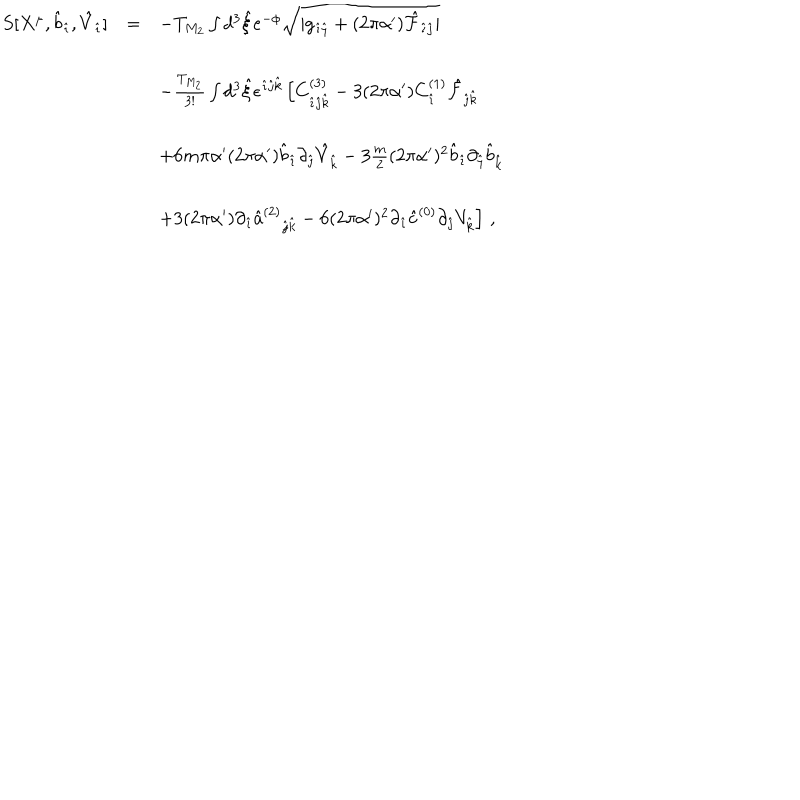
LaTeX: \begin{array} { r c l } { { S [ X ^ { \mu } , { \hat { b } } _ { \hat { \imath } } , { \hat { V } } _ { \hat { \imath } } ] } } & { { = } } & { { - T _ { M _ { 2 } } \int d ^ { 3 } { \hat { \xi } } e ^ { - \phi } \sqrt { | g _ { \hat { \imath } \hat { \jmath } } + ( 2 \pi \alpha ^ { \prime } ) { \hat { \cal F } } _ { \hat { \imath } \hat { \jmath } } | } } } \\ { { } } & { { } } & { { } } \\ { { } } & { { } } & { { - \frac { T _ { M _ { 2 } } } { 3 ! } \int d ^ { 3 } \hat { \xi } \epsilon ^ { \hat { \imath } \hat { \jmath } \hat { k } } \left[ C _ { \hat { \imath } \hat { \jmath } \hat { k } } ^ { ( 3 ) } - 3 ( 2 \pi \alpha ^ { \prime } ) C _ { \hat { \imath } } ^ { ( 1 ) } \hat { \cal F } _ { \hat { \jmath } \hat { k } } \right. } } \\ { { } } & { { } } & { { } } \\ { { } } & { { } } & { { \left. + 6 m \pi \alpha ^ { \prime } ( 2 \pi \alpha ^ { \prime } ) { \hat { b } } _ { \hat { \imath } } \partial _ { \hat { \jmath } } { \hat { V } } _ { \hat { k } } - 3 \frac { m } { 2 } ( 2 \pi \alpha ^ { \prime } ) ^ { 2 } { \hat { b } } _ { \hat { \imath } } \partial _ { \hat { \jmath } } { \hat { b } } _ { \hat { k } } \right. } } \\ { { } } & { { } } & { { } } \\ { { } } & { { } } & { { \left. + 3 ( 2 \pi \alpha ^ { \prime } ) \partial _ { \hat { \imath } } \hat { a } ^ { ( 2 ) } { } _ { \hat { \jmath } \hat { k } } - 6 ( 2 \pi \alpha ^ { \prime } ) ^ { 2 } \partial _ { \hat { \imath } } { \hat { c } } ^ { ( 0 ) } \partial _ { \hat { \jmath } } V _ { \hat { k } } \right] \, , } } \\ \end{array}